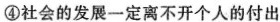
④社会的发展一定离不开个人的付出